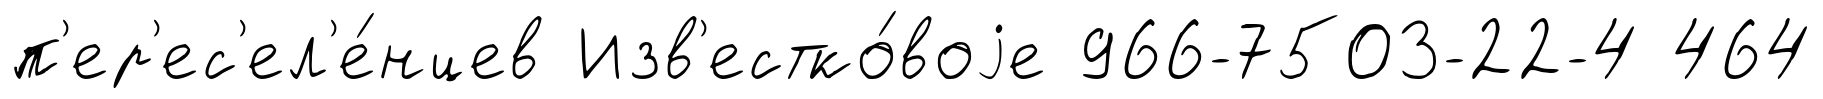
п'ер'ес'ел'е́нцев Изв'естко́воjе 966-7503-22-4 464